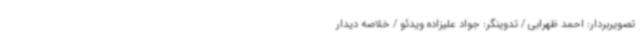
تصویربردار: احمد ظهرابی / تدوینگر: جواد علیزاده ویدئو / خلاصه دیدار